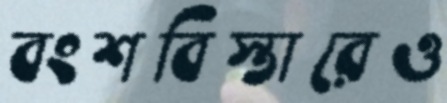
বংশবিস্তারেও